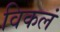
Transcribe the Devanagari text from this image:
विकलं